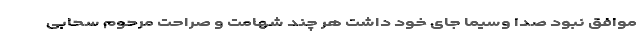
موافق نبود صدا وسیما جای خود داشت هر چند شهامت و صراحت مرحوم سحابی